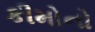
કીમોનો